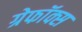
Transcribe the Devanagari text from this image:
ग्रेफॉक्स